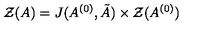
{ \cal Z } ( A ) = J ( A ^ { ( 0 ) } , { \tilde { A } } ) \times { \cal Z } ( A ^ { ( 0 ) } )